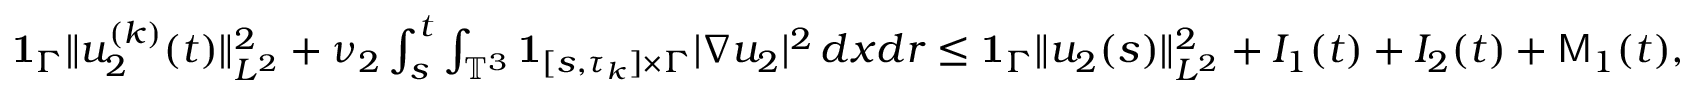
\begin{array} { r } { { { \bf 1 } } _ { \Gamma } \| u _ { 2 } ^ { ( k ) } ( t ) \| _ { L ^ { 2 } } ^ { 2 } + \nu _ { 2 } \int _ { s } ^ { t } \int _ { \mathbb { T } ^ { 3 } } { { \bf 1 } } _ { [ s , \tau _ { k } ] \times \Gamma } | \nabla u _ { 2 } | ^ { 2 } \, d x d r \leq { { \bf 1 } } _ { \Gamma } \| u _ { 2 } ( s ) \| _ { L ^ { 2 } } ^ { 2 } + I _ { 1 } ( t ) + I _ { 2 } ( t ) + \mathsf { M } _ { 1 } ( t ) , } \end{array}